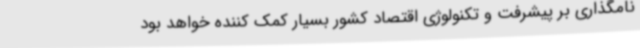
نامگذاری بر پیشرفت و تکنولوژی اقتصاد کشور بسیار کمک کننده خواهد بود